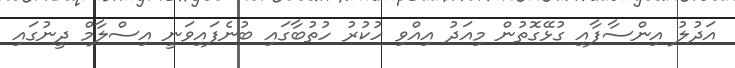
އަދުލު އިންސާފާއި ގުޅޭގޮތުން މިއަދު އިއްވި ހުކުރު ހުތުބާގައި ބުނެފައިވަނީ އިސްލާމް ދީނުގައި